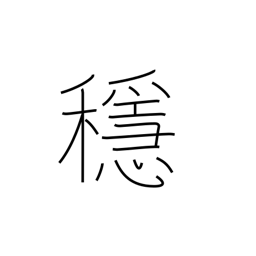
Meaning: calm